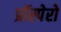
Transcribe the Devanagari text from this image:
प्रॉस्पेरो